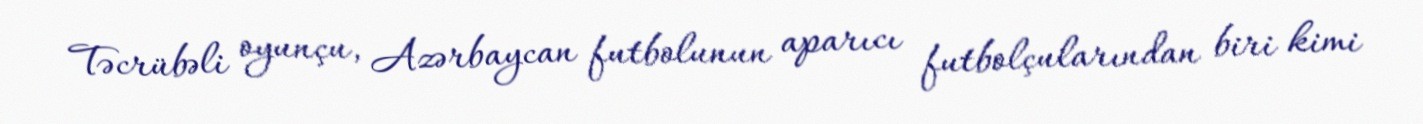
Təcrübəli oyunçu, Azərbaycan futbolunun aparıcı futbolçularından biri kimi